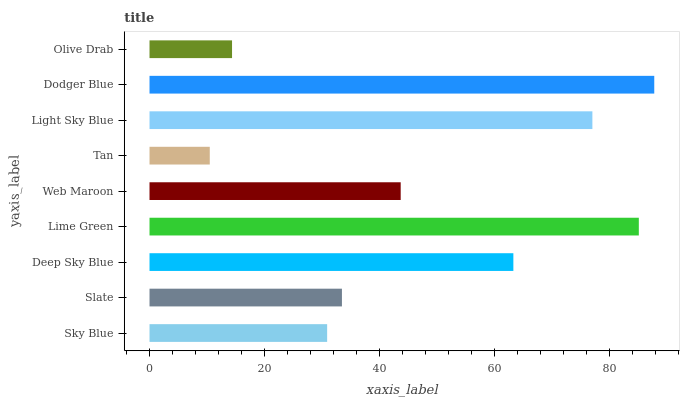
| yaxis_label | bars |
 | --- | --- |
 | Sky Blue | 30.9 |
 | Slate | 33.5 |
 | Deep Sky Blue | 63.3 |
 | Lime Green | 85.2 |
 | Web Maroon | 43.7 |
 | Tan | 10.5 |
 | Light Sky Blue | 77.1 |
 | Dodger Blue | 87.8 |
 | Olive Drab | 14.4 |